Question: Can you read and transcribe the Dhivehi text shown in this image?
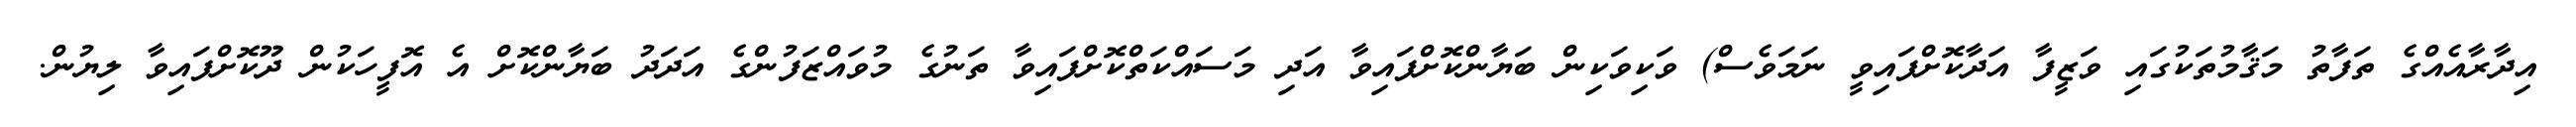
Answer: އިދާރާއެއްގެ ތަފާތު މަޤާމުތަކުގައި ވަޒީފާ އަދާކޮށްފައިވީ ނަމަވެސް) ވަކިވަކިން ބަޔާންކޮށްފައިވާ އަދި މަސައްކަތްކޮށްފައިވާ ތަނުގެ މުވައްޒަފުންގެ އަދަދު ބަޔާންކޮށް އެ އޮފީހަކުން ދޫކޮށްފައިވާ ލިޔުން.